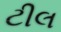
ટીલ